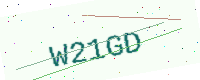
Text: W21GD